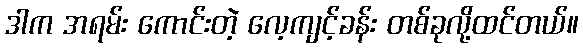
ဒါက အရမ်း ကောင်းတဲ့ လေ့ကျင့်ခန်း တစ်ခုလို့ထင်တယ်။